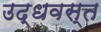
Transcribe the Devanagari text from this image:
उद्धवस्‍त